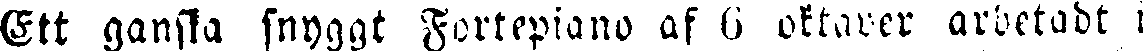
Ett ganska snyggt Fortepiano af 6 oktaver arbetadt i